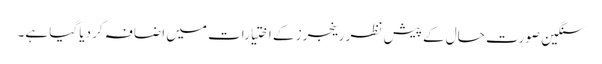
سنگین صورتِ حال کے پیش نظر رینجرز کے اختیارات میں اضافہ کر دیا گیا ہے۔